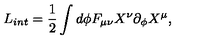
L _ { i n t } = \frac { 1 } { 2 } \int d \phi F _ { \mu \nu } X ^ { \nu } \partial _ { \phi } X ^ { \mu } ,